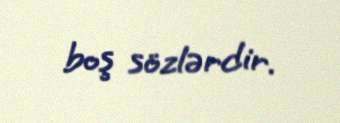
boş sözlərdir.